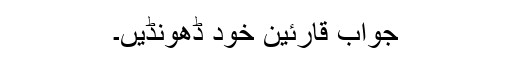
جواب قارئین خود ڈھونڈیں۔